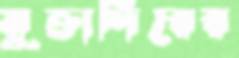
মুক্তাদিরের